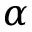
\alpha